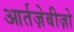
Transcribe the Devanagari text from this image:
आर्तज़ेबीज़ो